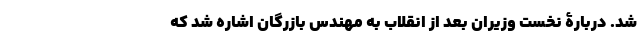
شد. دربارۀ نخست وزیران بعد از انقلاب به مهندس بازرگان اشاره شد که